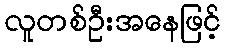
လူတစ်ဦးအနေဖြင့်